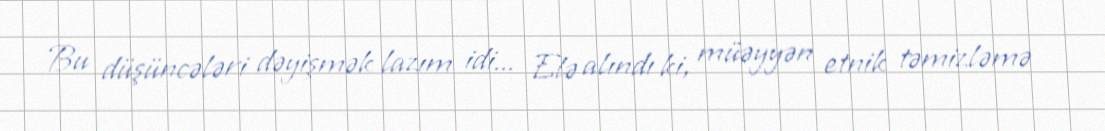
Bu düşüncələri dəyişmək lazım idi... Elə alındı ki, müəyyən etnik təmizləmə